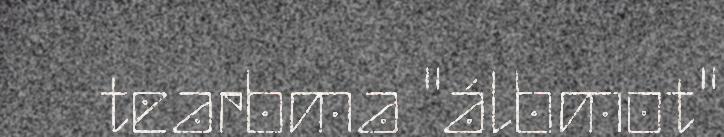
tearbma "álbmot"